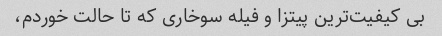
بی کیفیت‌ترین پیتزا و‌ فیله سوخاری که تا حالت خوردم،